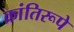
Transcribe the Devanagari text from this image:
क्रांतिरूपे